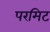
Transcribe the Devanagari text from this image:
परमिट